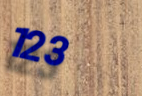
123